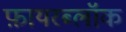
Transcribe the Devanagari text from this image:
फ़ायरब्लॉक